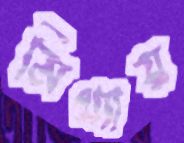
মিথ্যায়